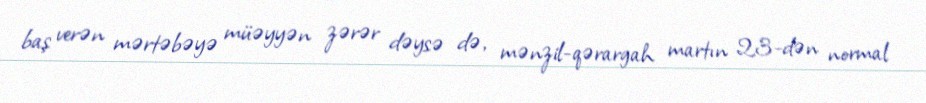
baş verən mərtəbəyə müəyyən zərər dəysə də, mənzil-qərargah martın 23-dən normal